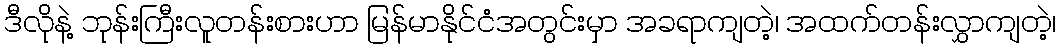
ဒီလိုနဲ့ ဘုန်းကြီးလူတန်းစားဟာ မြန်မာနိုင်ငံအတွင်းမှာ အခရာကျတဲ့၊ အထက်တန်းလွှာကျတဲ့၊